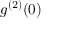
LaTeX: g ^ { ( 2 ) } ( 0 )